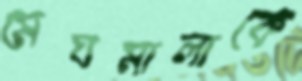
মেঘমালাকে